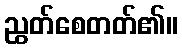
ညွတ်စေတတ်၏။